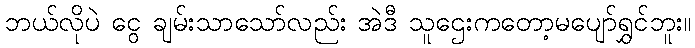
ဘယ်လိုပဲ ငွေ ချမ်းသာသော်လည်း အဲဒီ သူဌေးကတော့မပျော်ရွှင်ဘူး။